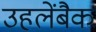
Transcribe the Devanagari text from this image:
उहलेंबैक